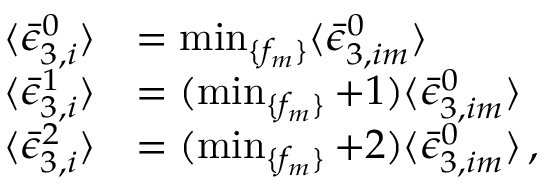
\begin{array} { r l } { \langle \bar { \epsilon } _ { 3 , i } ^ { 0 } \rangle } & { = \operatorname* { m i n } _ { \{ f _ { m } \} } \langle \bar { \epsilon } _ { 3 , i m } ^ { 0 } \rangle } \\ { \langle \bar { \epsilon } _ { 3 , i } ^ { 1 } \rangle } & { = ( \operatorname* { m i n } _ { \{ f _ { m } \} } + 1 ) \langle \bar { \epsilon } _ { 3 , i m } ^ { 0 } \rangle } \\ { \langle \bar { \epsilon } _ { 3 , i } ^ { 2 } \rangle } & { = ( \operatorname* { m i n } _ { \{ f _ { m } \} } + 2 ) \langle \bar { \epsilon } _ { 3 , i m } ^ { 0 } \rangle \, , } \end{array}